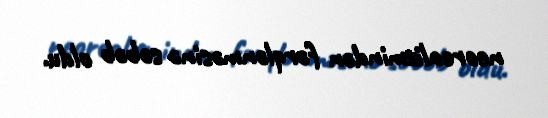
neorealizmindən fərqlənməsinə səbəb oldu.